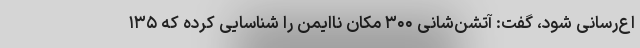
اع‌رسانی شود، گفت: آتشن‌شانی ۳۰۰ مکان ناایمن را شناسایی کرده که ۱۳۵